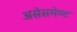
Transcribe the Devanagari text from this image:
असेसमेण्ट